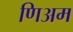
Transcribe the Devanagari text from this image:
णिअम